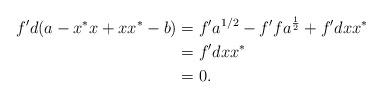
LaTeX: \begin{align*}f'd(a-x^*x+xx^*-b) &=f'a^{1/2}-f'fa^{\frac 1 2}+ f'dxx^*\\&=f'dxx^*\\&=0.\end{align*}